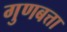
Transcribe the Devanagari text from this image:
गुणबत्ता